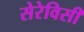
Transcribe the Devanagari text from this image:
सेरेविसी